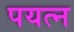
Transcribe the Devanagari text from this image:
पयत्न